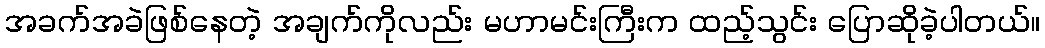
အခက်အခဲဖြစ်နေတဲ့ အချက်ကိုလည်း မဟာမင်းကြီးက ထည့်သွင်း ပြောဆိုခဲ့ပါတယ်။